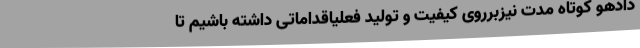
دادهو کوتاه مدت نیزبرروی کیفیت و تولید فعلیاقداماتی داشته باشیم تا